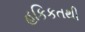
હકિકતથી